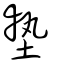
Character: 墊